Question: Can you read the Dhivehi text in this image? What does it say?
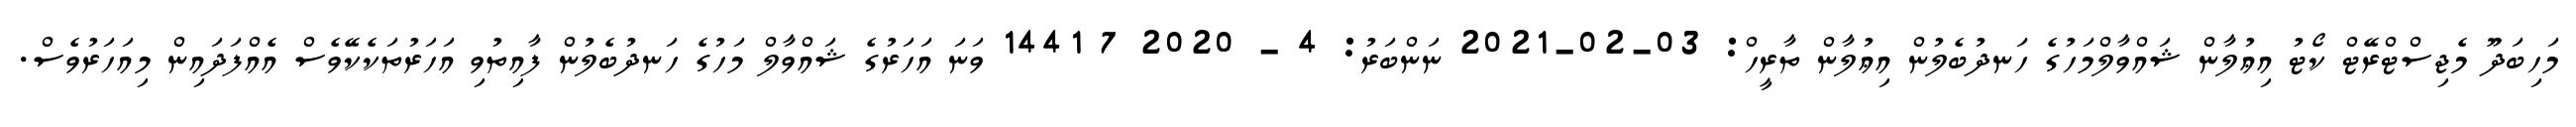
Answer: މަހިބަދޫ މެޖިސްޓްރޭޓް ކޯޓު އިޢުލާން ޝައްވާލްމަހުގެ ހަނދުބެލުން އިޢުލާން ތާރީހް: 03-02-2021 ނަންބަރު: 4 - 2020 7 1441 ވަނަ އަހަރުގެ ޝައްވާލް މަހުގެ ހަނދުބެލުން ފާއިތުވި އަހަރުތަކެކޭވެސް އެއްފަދައިން މިއަހަރުވެސް.